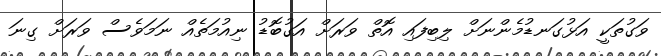
ވަގުތަކީ އަޅުގަނޑުމެންނަށް ލިބިފައި އޮތް ވަރަށް އަގުބޮޑު ނިއުމަތެއް ނަމަވެސް ވަރަށް ގިނަ